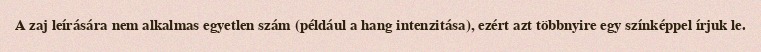
A zaj leírására nem alkalmas egyetlen szám (például a hang intenzitása), ezért azt többnyire egy színképpel írjuk le.